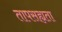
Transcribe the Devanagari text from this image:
तापसह्यता